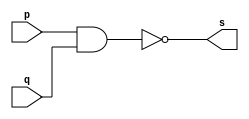
// Guia0101 - NAND
// Nome: Pedro Tronbin
// -------------------

// ------------------- 


// -------------------
// -- nand gate
// -------------------

module nandgate(output s, input p, q);

assign s = ( ~ ( p & q ) );

endmodule // nandgate

// -------------------
// -- test nandgate
// ------------------- 

module testnandgate;

reg a, b;
wire s;

nandgate NAND1(s, a, b);

initial begin: start

a=0; b=0;

end

initial begin: main

$display("Guia01 - Exercicio 01 - Pedro Tronbin - 410473");
$display("TEST NAND GATE: ");
$display("\n( ~ ( a & b ) ) = s");
a=0; b=0;
#1 $display("( ~ ( %b & %b ) ) = %b", a, b, s);
a=0; b=1;
#1 $display("( ~ ( %b & %b ) ) = %b", a, b, s);
a=1; b=0;
#1 $display("( ~ ( %b & %b ) ) = %b", a, b, s);
a=1; b=1;
#1 $display("( ~ ( %b & %b ) ) = %b", a, b, s);

end

endmodule // testnandgate

//-----  SAIDA
//
// Guia01 - Exercicio 01 - Pedro Tronbin - 410473
// TEST NAND GATE: 
//
// ( ~ ( a & b ) ) = s
// ( ~ ( 0 & 0 ) ) = 1
// ( ~ ( 0 & 1 ) ) = 1
// ( ~ ( 1 & 0 ) ) = 1
// ( ~ ( 1 & 1 ) ) = 0